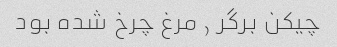
چیکن برگر , مرغ چرخ شده بود